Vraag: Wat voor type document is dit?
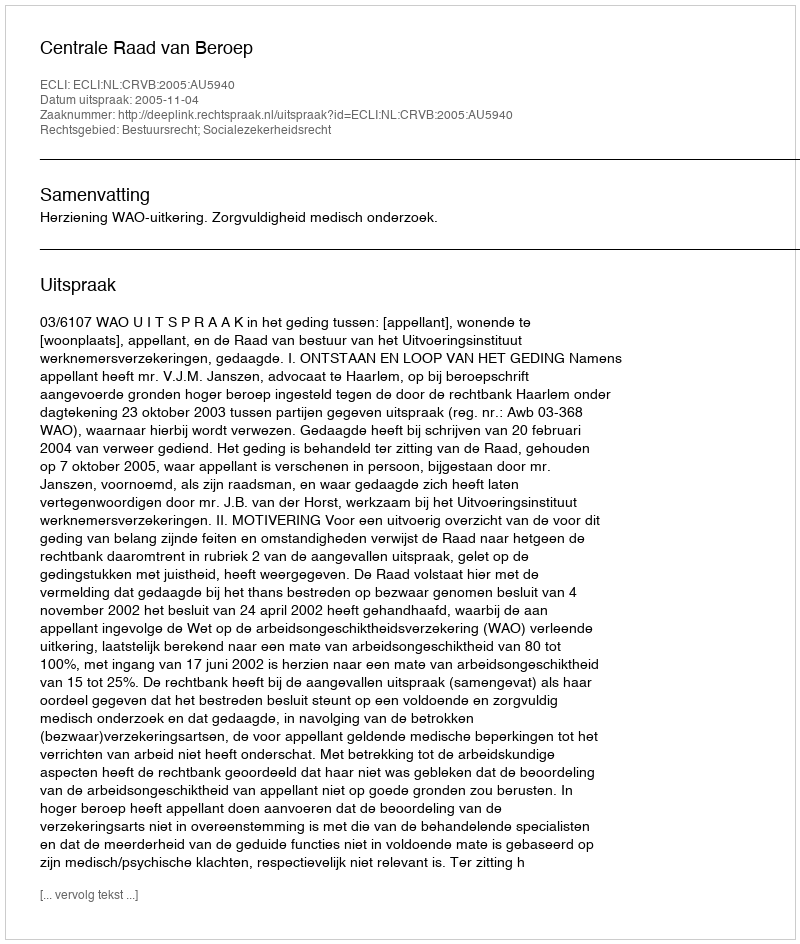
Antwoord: Uitspraak